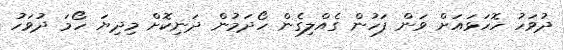
ދުވަހު ހޮހަޅައަށް ވަން ފަހުން ގެއްލިގެން ހޯދަމުން ދަނިކޮށް މިދިޔަ ހޯމަ ދުވަހު